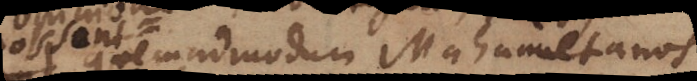
possent quemadmodum Mahumetanos